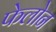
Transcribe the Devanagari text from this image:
फेलोन